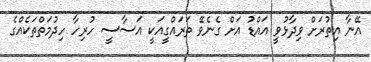
އޭނާ އިތުރަށް ވިދާޅުވީ އައްޑު އަށް ގެނެވޭ ތަރައްގީއަކީ އަސާސީ ހުރިހާ ހިދުމަތްތަކެއްގެ